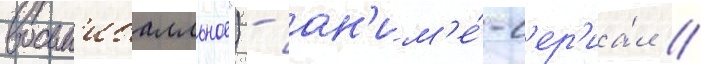
восьм'ибалльное") - ан'им'е́-с'ер'иа́л /